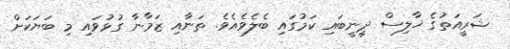
ޝަރީއަތުގެ ޚާލިސް ދީނީބައި ކަމުގައި ބެލެވެއެވެ. ތަނާއި ޒަމާނާ ގުޅުވައި މި ބަޔަކަށް